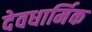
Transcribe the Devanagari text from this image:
देवधार्मिक